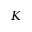
K